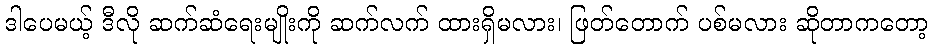
ဒါပေမယ့် ဒီလို ဆက်ဆံရေးမျိုးကို ဆက်လက် ထားရှိမလား၊ ဖြတ်တောက် ပစ်မလား ဆိုတာကတော့